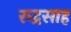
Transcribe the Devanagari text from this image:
रूद्रसाह